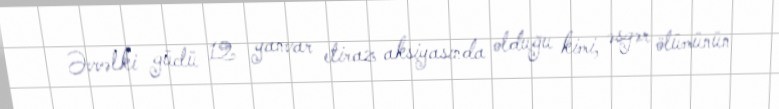
Əvvəlki güclü 12 yanvar etiraz aksiyasında olduğu kimi, əsgər ölümünün